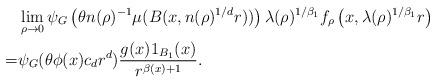
LaTeX: \begin{align*}&\lim_{\rho\to 0}\psi_G\left(\theta n(\rho)^{-1}\mu(B(x,n(\rho)^{1/d}r))\right)\lambda(\rho)^{1/\beta_1} f_\rho\left(x,\lambda(\rho)^{1/\beta_1} r\right)\\= &\psi_G(\theta\phi(x)c_dr^d)\frac{g(x)1_{B_1}(x)}{r^{\beta(x)+1}}.\end{align*}